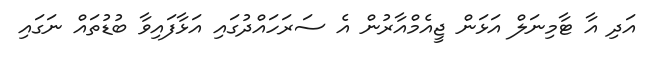
އަދި އާ ޓާމިނަލް އަޅަން ޖީއެމްއާރުން އެ ސަރަހައްދުގައި އަޅާފައިވާ ބުޑުތައް ނަގައި